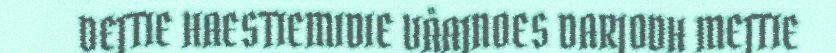
DEJTIE HAESTIEMIDIE VÅAJNOES DARJODH MEJTIE